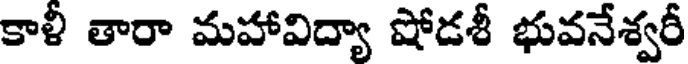
కాళీ తారా మహావిద్యా షోడశీ భువనేశ్వరీ